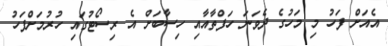
އެއަށް ފަހު މި މަހުގެ ދެވަނަ ހަފްތާއާއި ހިސާބަށް އެ ރިސޯޓުގައި ހުރުމަށްފަހު